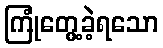
ကြုံတွေ့ခဲ့ရသော